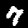
Label: 7